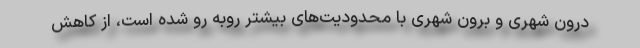
درون شهری و برون شهری با محدودیت‌های بیشتر روبه رو شده است، از کاهش